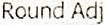
ROUND ADJ